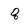
Character: q